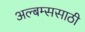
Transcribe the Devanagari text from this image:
अल्बम्ससाठी